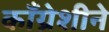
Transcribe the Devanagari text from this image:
काँग्रेशीने